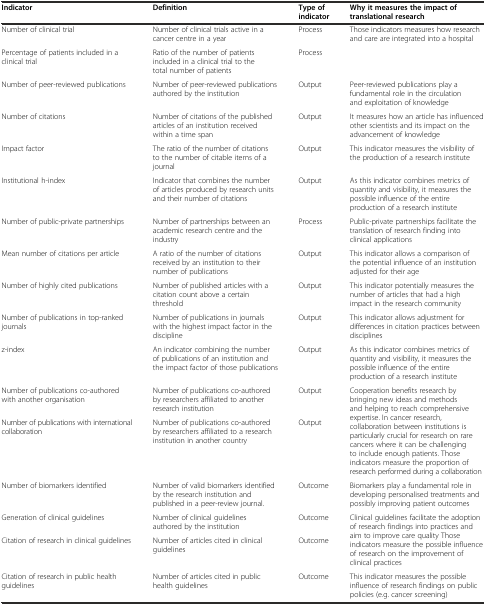
<table><thead><tr><td><b>Indicator</b></td><td><b>Definition</b></td><td><b>Type of indicator</b></td><td><b>Why it measures the impact of translational research</b></td></tr></thead><tbody><tr><td>Number of clinical trial</td><td>Number of clinical trials active in a cancer centre in a year</td><td>Process</td><td rowspan="2">Those indicators measures how research and care are integrated into a hospital</td></tr><tr><td>Percentage of patients included in a clinical trial</td><td>Ratio of the number of patients included in a clinical trial to the total number of patients</td><td>Process</td></tr><tr><td>Number of peer-reviewed publications</td><td>Number of peer-reviewed publications authored by the institution</td><td>Output</td><td>Peer-reviewed publications play a fundamental role in the circulation and exploitation of knowledge</td></tr><tr><td>Number of citations</td><td>Number of citations of the published articles of an institution received within a time span</td><td>Output</td><td>It measures how an article has influenced other scientists and its impact on the advancement of knowledge</td></tr><tr><td>Impact factor</td><td>The ratio of the number of citations to the number of citable items of a journal</td><td>Output</td><td>This indicator measures the visibility of the production of a research institute</td></tr><tr><td>Institutional h-index</td><td>Indicator that combines the number of articles produced by research units and their number of citations</td><td>Output</td><td>As this indicator combines metrics of quantity and visibility, it measures the possible influence of the entire production of a research institute</td></tr><tr><td>Number of public-private partnerships</td><td>Number of partnerships between an academic research centre and the industry</td><td>Process</td><td>Public-private partnerships facilitate the translation of research finding into clinical applications</td></tr><tr><td>Mean number of citations per article</td><td>A ratio of the number of citations received by an institution to their number of publications</td><td>Output</td><td>This indicator allows a comparison of the potential influence of an institution adjusted for their age</td></tr><tr><td>Number of highly cited publications</td><td>Number of published articles with a citation count above a certain threshold</td><td>Output</td><td>This indicator potentially measures the number of articles that had a high impact in the research community</td></tr><tr><td>Number of publications in top-ranked journals</td><td>Number of publications in journals with the highest impact factor in the discipline</td><td>Output</td><td>This indicator allows adjustment for differences in citation practices between disciplines</td></tr><tr><td>z-index</td><td>An indicator combining the number of publications of an institution and the impact factor of those publications</td><td>Output</td><td>As this indicator combines metrics of quantity and visibility, it measures the possible influence of the entire production of a research institute</td></tr><tr><td>Number of publications co-authored with another organisation</td><td>Number of publications co-authored by researchers affiliated to another research institution</td><td>Output</td><td rowspan="2">Cooperation benefits research by bringing new ideas and methods and helping to reach comprehensive expertise. In cancer research, collaboration between institutions is particularly crucial for research on rare cancers where it can be challenging to include enough patients. Those indicators measure the proportion of research performed during a collaboration</td></tr><tr><td>Number of publications with international collaboration</td><td>Number of publications co-authored by researchers affiliated to a research institution in another country</td><td>Output</td></tr><tr><td>Number of biomarkers identified</td><td>Number of valid biomarkers identified by the research institution and published in a peer-review journal.</td><td>Outcome</td><td>Biomarkers play a fundamental role in developing personalised treatments and possibly improving patient outcomes</td></tr><tr><td>Generation of clinical guidelines</td><td>Number of clinical guidelines authored by the institution</td><td>Outcome</td><td rowspan="2">Clinical guidelines facilitate the adoption of research findings into practices and aim to improve care quality Those indicators measure the possible influence of research on the improvement of clinical practices</td></tr><tr><td>Citation of research in clinical guidelines</td><td>Number of articles cited in clinical guidelines</td><td>Outcome</td></tr><tr><td>Citation of research in public health guidelines</td><td>Number of articles cited in public health guidelines</td><td>Outcome</td><td>This indicator measures the possible influence of research findings on public policies (e.g. cancer screening)</td></tr></tbody></table>